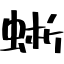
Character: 蜥